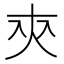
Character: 㚒